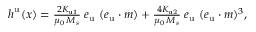
\begin{array} { r } { \boldsymbol { h } ^ { \mathrm { u } } ( \boldsymbol { x } ) = \frac { 2 K _ { \mathrm { u 1 } } } { \mu _ { 0 } \, M _ { s } } \; \boldsymbol { e } _ { \mathrm { u } } \; ( \boldsymbol { e } _ { \mathrm { u } } \cdot \boldsymbol { m } ) + \frac { 4 K _ { \mathrm { u 2 } } } { \mu _ { 0 } \, M _ { s } } \; \boldsymbol { e } _ { \mathrm { u } } \; ( \boldsymbol { e } _ { \mathrm { u } } \cdot \boldsymbol { m } ) ^ { 3 } , } \end{array}